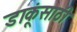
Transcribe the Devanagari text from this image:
डाकूंसाठी